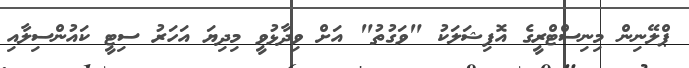
ޕްލޭނިން މިނިސްޓްރީގެ އޮފިޝަލަކު "ވަގުތު" އަށް ވިދާޅުވީ މިދިޔަ އަހަރު ސިޓީ ކައުންސިލާއި